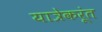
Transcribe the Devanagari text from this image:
यात्रेकरूंत